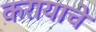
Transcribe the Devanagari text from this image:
करायाचे